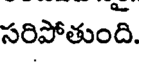
సరిపోతుంది.